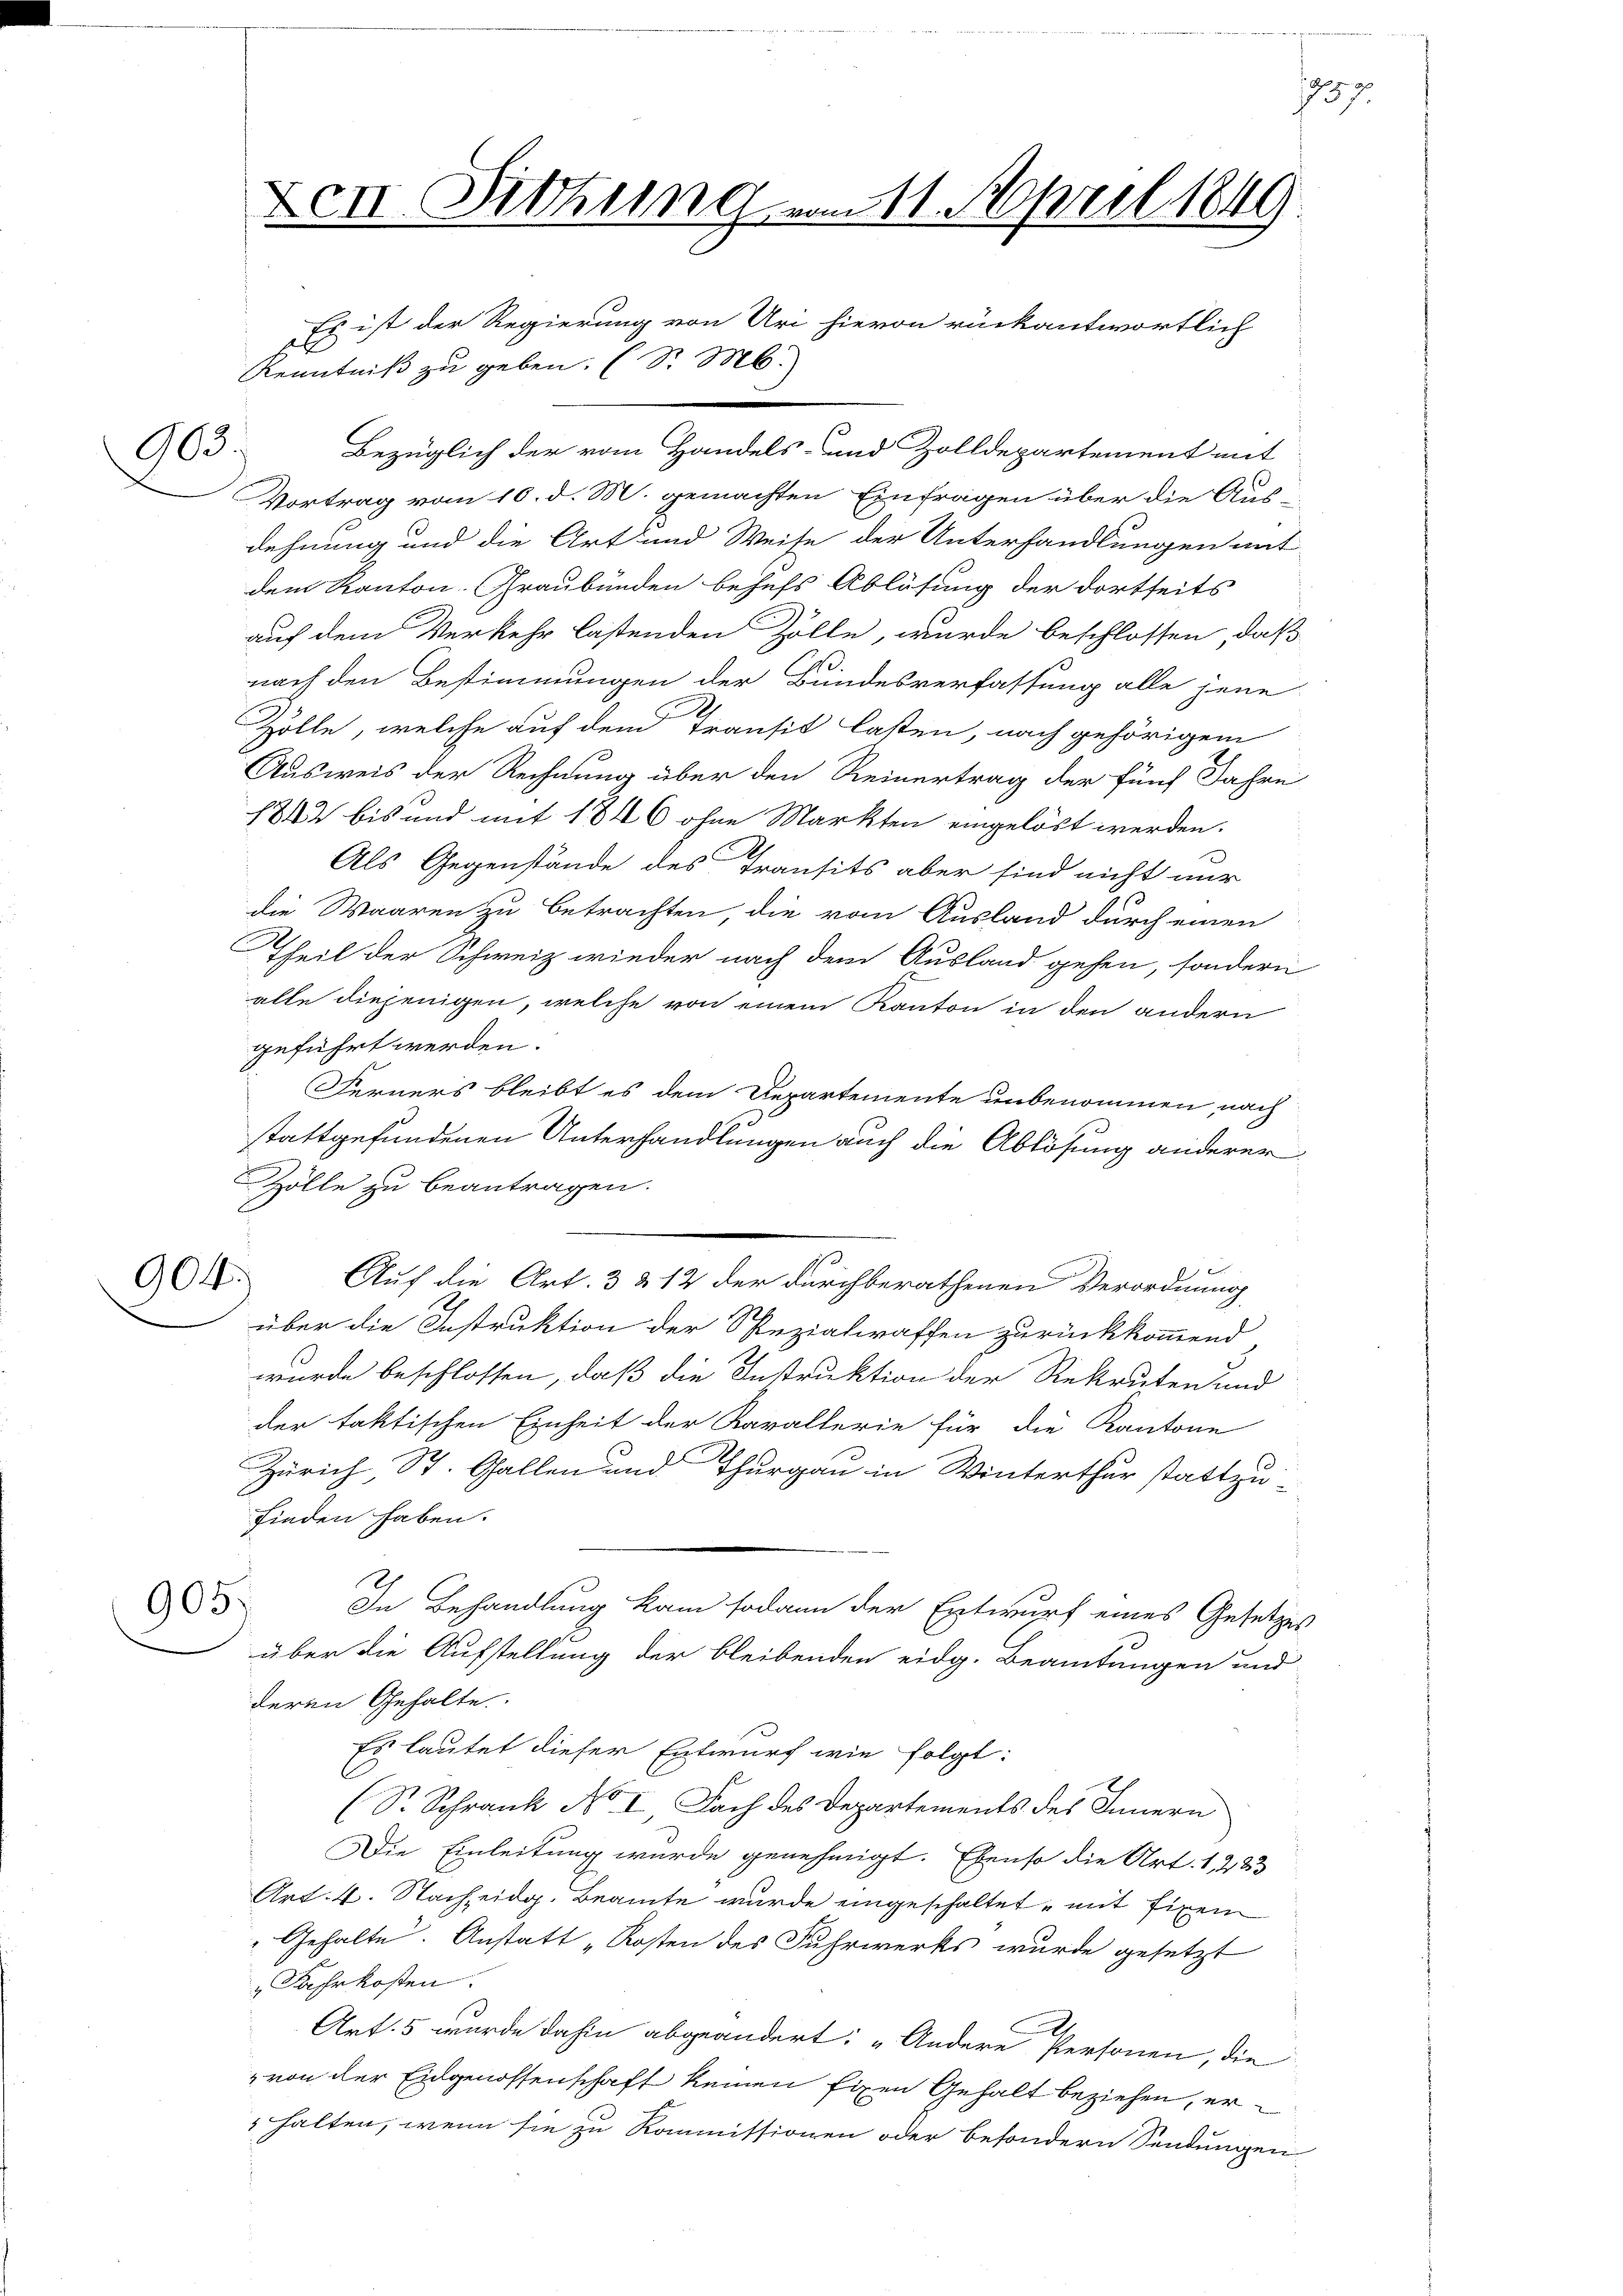
1757

Den Sitzung vom 11. April 1849
Es ist der Regierung von Uri hievon rückantwortlich
se
Kenntniß zu geben. (S. M.

Bezüglich der vom Handels- und Zolldepartement mit
Vortrag vom 10. d. M. gemachten Einfragen über die Aus-
dehnung und die Art und Weise der Unterhandlungen mit
dem Kanton Graubünden behufs Ablösung der dortseits
auf dem Verkehr lastenden Zölle, wurde beschlossen, daß
nach den Bestimmungen der Bundesverfassung alle jene
Zolle, welche auf dem Transit lasten, nach gehörigem
Ausweis der Rechnung über den Reinertrag der fünf Jahre
1842 bis und mit 1846 ohne Markten eingelöst werden.
Als Gegenstände des Transits aber sind nicht nur
die Waaren zu betrachten, die vom Ausland durch einen
Theil der Schweiz wieder nach dem Ausland gehen, sondern
alle diejenigen, welche von einem Kanton in den andern
geführt werden.
Ferners bleibt es dem Departemente unbenommen, nach
stattgefundenen Unterhandlungen auch die Ablösung anderer
Zölle zu beantragen.
 Bind
904.
Auf die Art. 3 & 12 der durchberathenen Verordnung
über die Instruktion der Spezialraffen zurückkommend
wurde beschlossen, daß die Instruktion der Rekruten und
der faktischen Einheit der Karallerie für die Kantone
Zürich, St. Gallen und Thurgau in Winterthur stattzu-
finden haben.
905.
In Behandlung kam sodann der Entwurf eines Gesetzes
über die Aufstellung der bleibenden eidg. Beamtungen und
deren Gehalte
Es lautet dieser Entwurf wie folgt:
(S. Schrank No. I, Fach des Departements des Innern
Die Einleitung wurde genehmigt. Ebenso die Art. 1, 283
Art. 4. Nach eidg. Beamte wurde eingeschaltet, mit fixen
" Gehalte. Anstatt „Kosten des Fuhrwerks wurde gesetzt
Jahrkosten.
Art. 5 wurde dahin abgeändert: „Andere Personen, die
von der Eidgenossenschaft keinen Eigen Gehalt beziehen, er¬
 halten, wenn sie zu Kommissionen oder besondern Sendungen

903